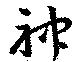
神